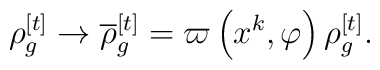
\rho _{g}^{[t]}\rightarrow \overline{\rho }_{g}^{[t]}=\varpi \left(x^{k},\varphi \right) \rho _{g}^{[t]}.